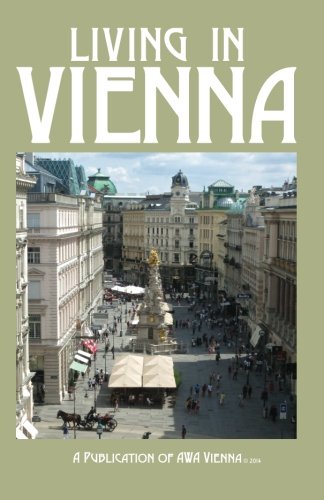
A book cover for Living In Vienna; AWA Vienna; Travel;